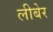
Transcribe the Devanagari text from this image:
लीबेर